Source: Computer-generated
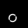
Digit: ၀ (0)